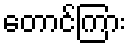
တောင်ကြား